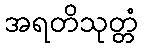
အရတိသုတ္တံ